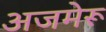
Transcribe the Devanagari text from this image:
अजमेरू